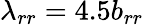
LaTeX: \lambda_{rr}=4.5b_{rr}